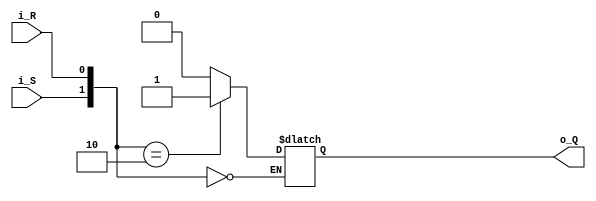
module IKAOPLL_srlatch (
    input   wire            i_S,
    input   wire            i_R,
    output  reg             o_Q
);

always @(*) begin
    case({i_S, i_R})
        2'b00: o_Q = o_Q;
        2'b01: o_Q = 1'b0;
        2'b10: o_Q = 1'b1;
        2'b11: o_Q = 1'b0; //invalid
    endcase
end

endmodule

module IKAOPLL_dlatch #(parameter WIDTH = 8) (
    input   wire                    i_EN,
    input   wire    [WIDTH-1:0]     i_D,
    output  reg     [WIDTH-1:0]     o_Q
);

always @(*) begin
    if(i_EN) o_Q = i_D;
    else o_Q = o_Q;
end

endmodule

module IKAOPLL_sr #(parameter WIDTH = 1, parameter LENGTH = 9, parameter TAP0 = LENGTH, parameter TAP1 = LENGTH, parameter TAP2 = LENGTH) (
    input   wire                    i_EMUCLK,
    input   wire                    i_CEN_n,

    input   wire    [WIDTH-1:0]     i_D,
    output  wire    [WIDTH-1:0]     o_Q_TAP0,
    output  wire    [WIDTH-1:0]     o_Q_TAP1,
    output  wire    [WIDTH-1:0]     o_Q_TAP2,
    output  wire    [WIDTH-1:0]     o_Q_LAST
);

reg     [WIDTH-1:0]     sr[0:LENGTH-1];

//first stage
always @(posedge i_EMUCLK) if(!i_CEN_n) begin
    sr[0] <= i_D;
end

//the other stages
genvar stage;
generate
for(stage = 0; stage < LENGTH-1; stage = stage + 1) begin : primitive_sr
always @(posedge i_EMUCLK) if(!i_CEN_n) begin
    sr[stage + 1] <= sr[stage];
end
end
endgenerate

assign  o_Q_LAST = sr[LENGTH-1];
assign  o_Q_TAP0 = (TAP0 == 0) ? i_D : sr[TAP0-1];
assign  o_Q_TAP1 = (TAP1 == 0) ? i_D : sr[TAP1-1];
assign  o_Q_TAP2 = (TAP2 == 0) ? i_D : sr[TAP2-1];

endmodule